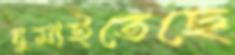
ঘুমাইতেছে